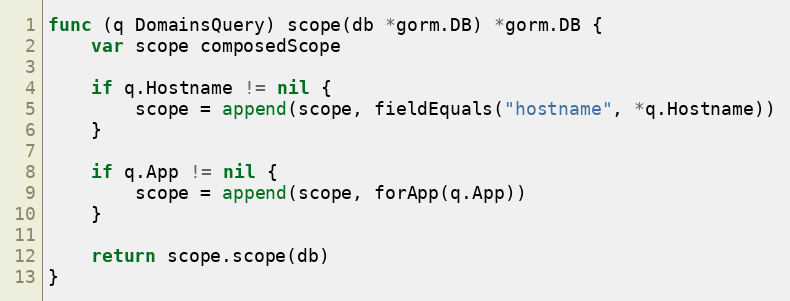
Language: Go
func (q DomainsQuery) scope(db *gorm.DB) *gorm.DB {
	var scope composedScope

	if q.Hostname != nil {
		scope = append(scope, fieldEquals("hostname", *q.Hostname))
	}

	if q.App != nil {
		scope = append(scope, forApp(q.App))
	}

	return scope.scope(db)
}